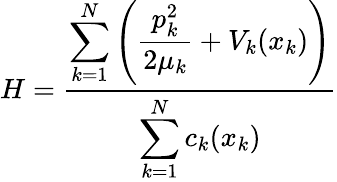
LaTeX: H=\frac{\displaystyle\sum_{k=1}^{N}\left(\frac{p_{k}^{2}}{2\mu_{k}}+V_{k}(x_{k})\right)}{\displaystyle\sum_{k=1}^{N}c_{k}(x_{k})}